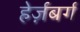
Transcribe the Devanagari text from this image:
हेर्ज़बर्ग